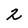
Character: 2